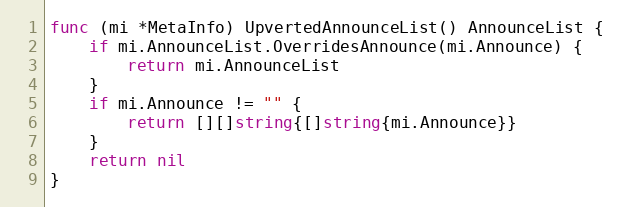
Language: Go
func (mi *MetaInfo) UpvertedAnnounceList() AnnounceList {
	if mi.AnnounceList.OverridesAnnounce(mi.Announce) {
		return mi.AnnounceList
	}
	if mi.Announce != "" {
		return [][]string{[]string{mi.Announce}}
	}
	return nil
}